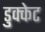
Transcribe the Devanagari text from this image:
डुक्केट